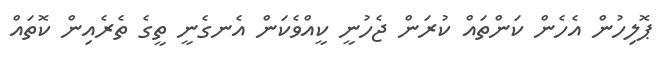
ޕޮލިހުން އެހެން ކަންތައް ކުރަން ޖެހުނީ ކީއްވެކަން އެނގެނީ ތީގެ ތެރެއިން ކޮތައް